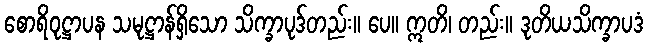
စောရိဝုဋ္ဌာပန သမုဋ္ဌာန်ရှိသော သိက္ခာပုဒ်တည်း။ ပေ။ ဣတိ၊ တည်း။ ဒုတိယသိက္ခာပဒံ